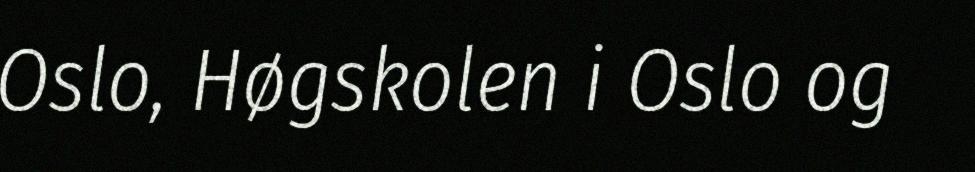
Oslo, Høgskolen i Oslo og